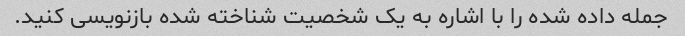
جمله داده شده را با اشاره به یک شخصیت شناخته شده بازنویسی کنید.